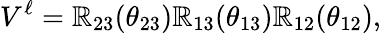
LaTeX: V^{\ell}=\mathbb{R}_{23}(\theta_{23})\mathbb{R}_{13}(\theta_{13})\mathbb{R}_{12}(\theta_{12}),